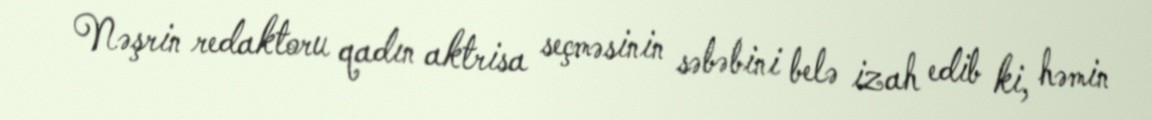
Nəşrin redaktoru qadın aktrisa seçməsinin səbəbini belə izah edib ki, həmin